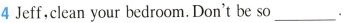
4Jeff，Clean your bedroom. Don't be so___.